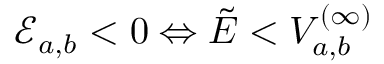
\mathcal { E } _ { a , b } < 0 \Leftrightarrow \tilde { E } < V _ { a , b } ^ { ( \infty ) }